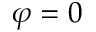
\varphi = 0